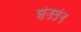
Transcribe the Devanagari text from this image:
झुंजुमुंजु